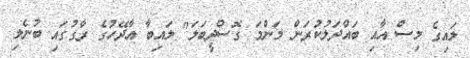
ލައިގެ މިސް އާއި ބައްދަލުކުރަން މަންމަ ގޮސްދީބަލަ" ލައިބާ އާދޭހުގެ ރާގުގައި ބުނެލި